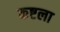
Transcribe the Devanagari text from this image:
कष्टला